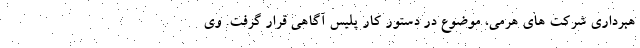
هبرداری شرکت های هرمی، موضوع در دستور کار پلیس آگاهی قرار گرفت. وی